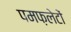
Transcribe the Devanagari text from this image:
पमफ़लेटों